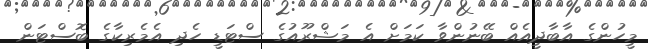
މީހުންގެ އާބާދީއެއް ބޭނުންވާ ކަމަށް އެ މަޝްރޫއުގެ ސްޓަޑީ ހެދި އެމެރިކާގެ ބޮސްޓަން